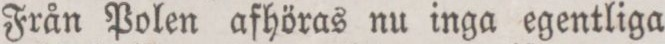
Från Polen afhöras nu inga egentliga